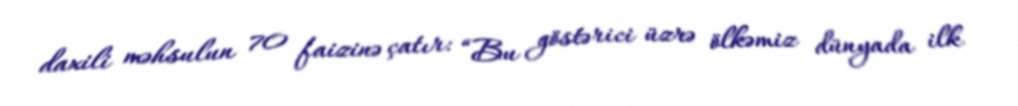
daxili məhsulun 70 faizinə çatır: “Bu göstərici üzrə ölkəmiz dünyada ilk